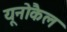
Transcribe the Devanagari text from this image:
यूनोकैल